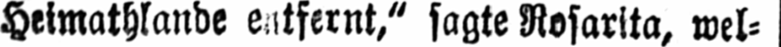
sagte Rosarita, wel⸗